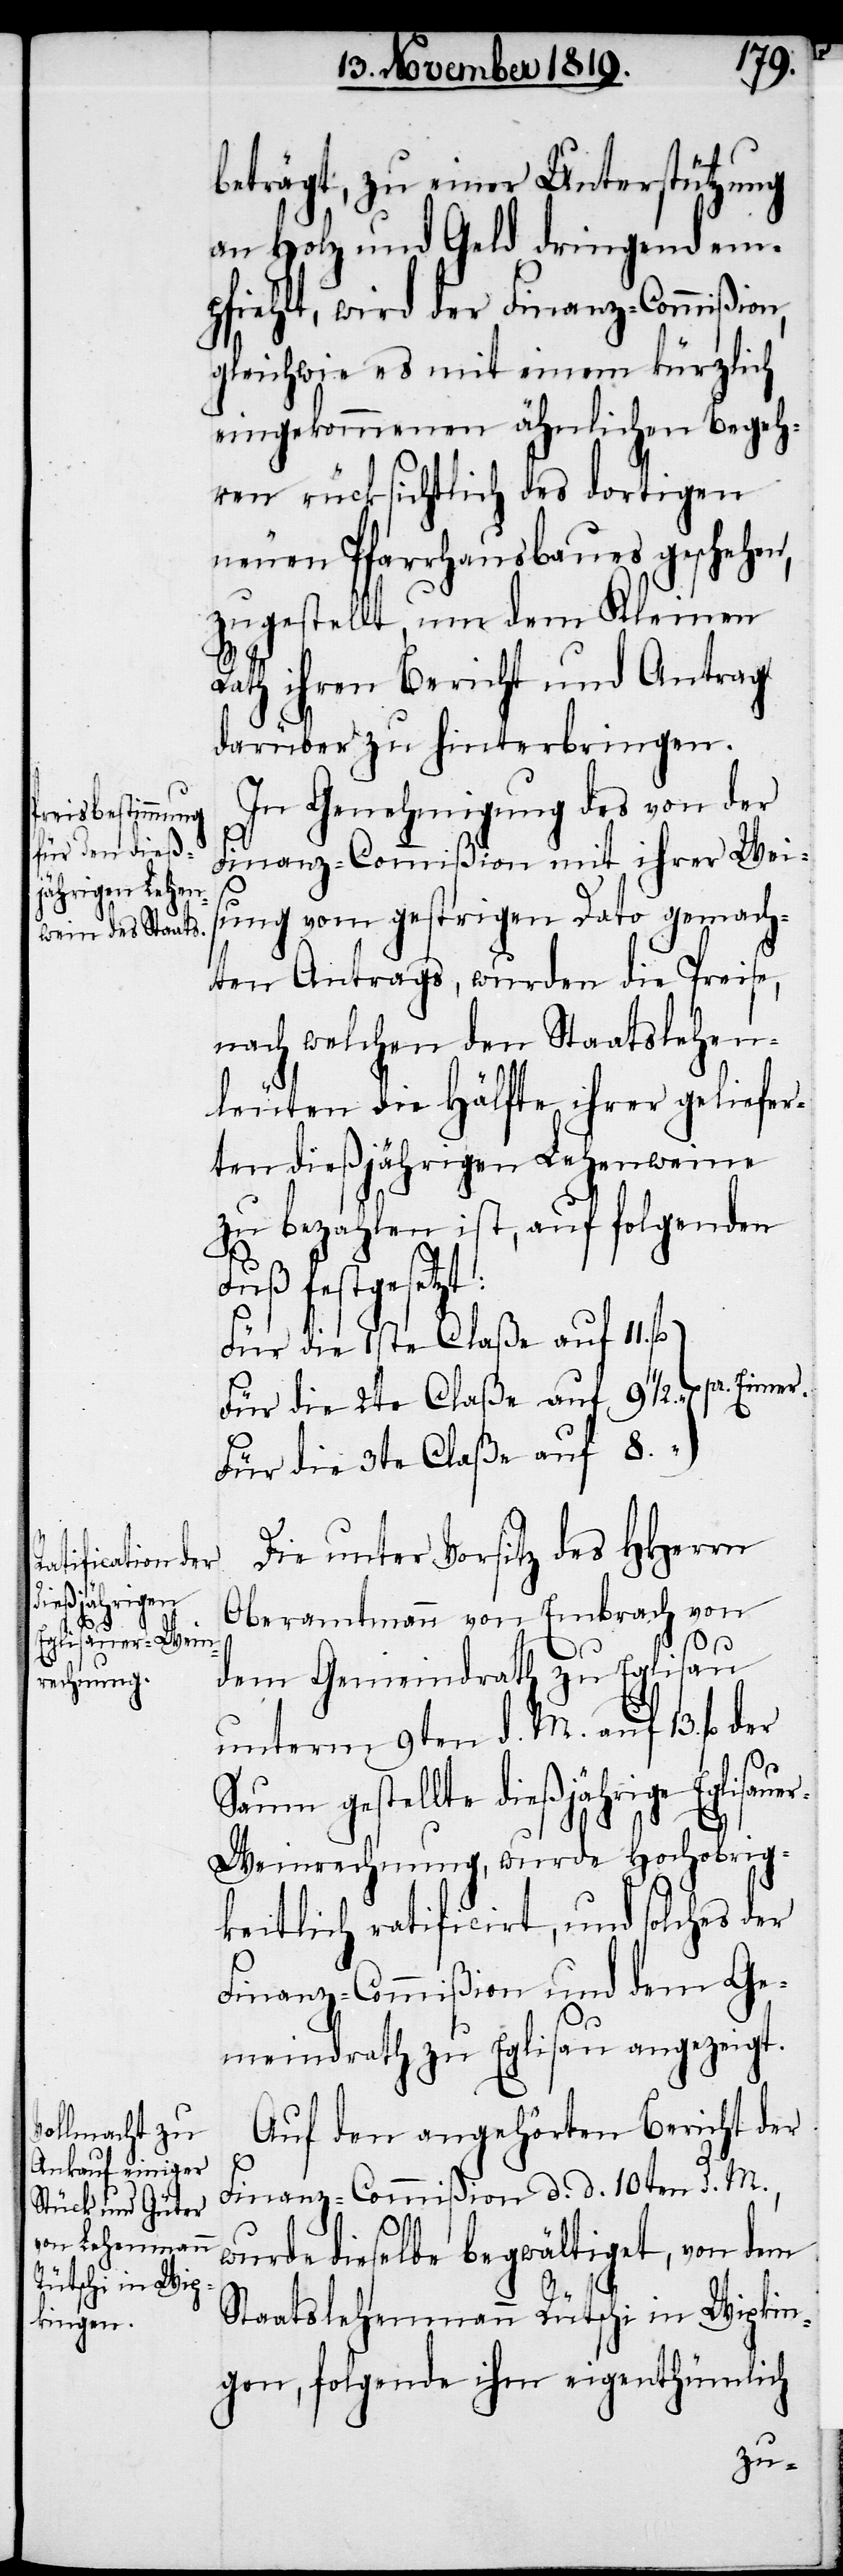
beträgt, zu einer Unterstützung
an Holz und Geld dringend em¬
pfiehlt, wird der Finanz-Commißion,
gleichwie es mit einem kürzlich
eingekommenen ähnlichen Begeh¬
ren rücksichtlich des dortigen
neuen Pfarrhausbaues geschehen,
zugestellt, um dem Kleinen
Rath ihren Bericht und Antrag
darüber zu hinterbringen.
In Genehmigung des von der
Finanz-Commißion mit ihrer Weis¬
ung vom gestrigen Dato gemach¬
ten Antrags, wurden die Preise,
nach welchen den Staatslehen¬
leuten die Hälfte ihrer geliefer¬
ten dießjährigen Lehenweine
zu bezahlen ist, auf folgenden
Fuß festgesetzt:
Für die 1ste Claße auf 11. fl
Für die 2te Claße auf 9 ½.
Für die 3te Claße auf 8.
Die unter Vorsitz des HHerrn
Oberamtmann von Embrach von
dem Gemeindrath zu Eglisau
unterm 9ten d. M. auf 13. fl.
Saum gestellte dießjährige Eglisaue¬
r-Weinrechnung, wurde Hochobrig¬
keitlich ratificirt, und solches der
Finanz-Commißion und dem Ge¬
meindrath zu Eglisau angezeigt.
Auf den angehörten Bericht der
Finanz-Commißion d. d. 10ten d. M.,
wurde dieselbe begwältiget, von dem
Staatslehenmann Rütschi in Wipkin¬
gen, folgende ihm eigenthümlich